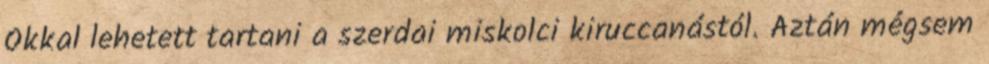
Okkal lehetett tartani a szerdai miskolci kiruccanástól. Aztán mégsem